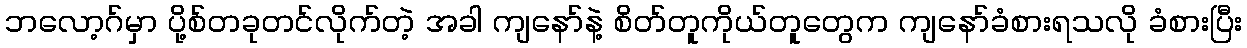
ဘလော့ဂ်မှာ ပို့စ်တခုတင်လိုက်တဲ့ အခါ ကျနော်နဲ့ စိတ်တူကိုယ်တူတွေက ကျနော်ခံစားရသလို ခံစားပြီး